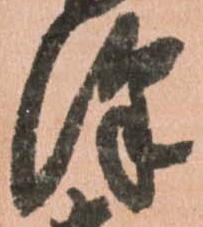
澤